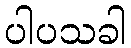
ပါပသခါ